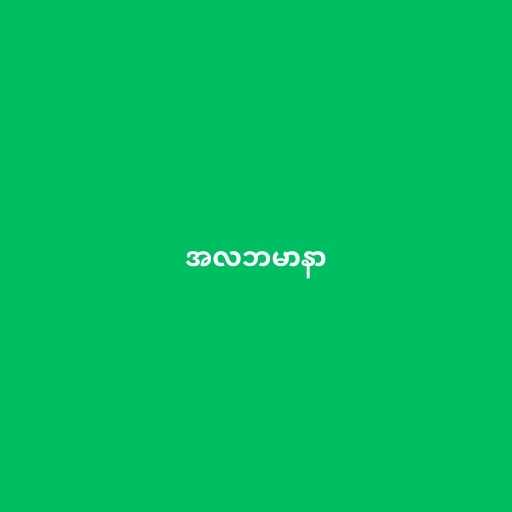
အလဘမာနာ